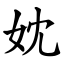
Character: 妉